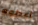
أعطوه